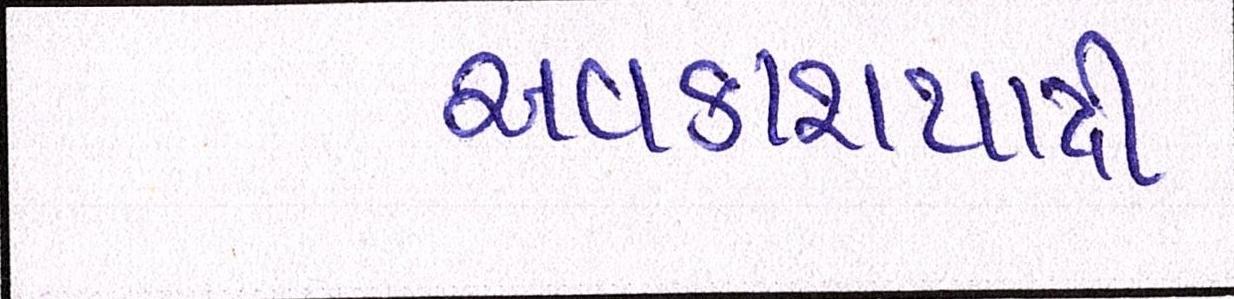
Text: અવકાશયાત્રી